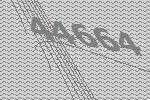
44664